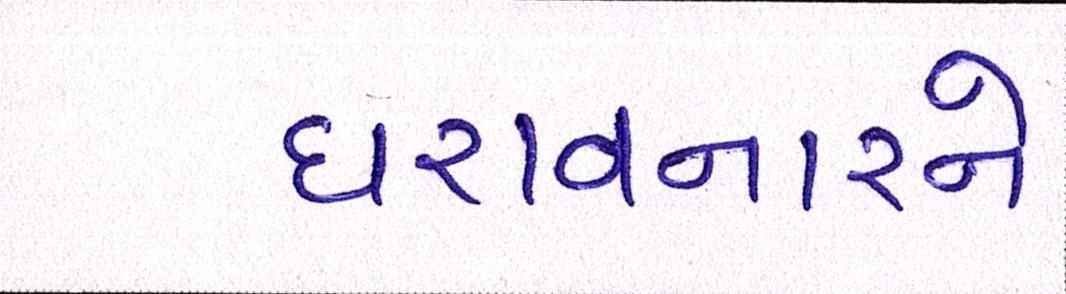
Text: ધરાવનારને